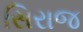
સિરાજ